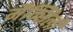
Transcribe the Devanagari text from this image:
मैक्सिली